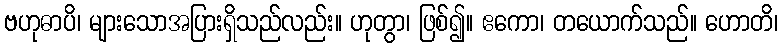
ဗဟုဓာပိ၊ များသောအပြားရှိသည်လည်း။ ဟုတွာ၊ ဖြစ်၍။ ဧကော၊ တယောက်သည်။ ဟောတိ၊